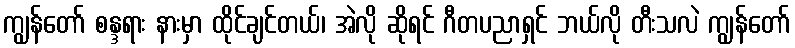
ကျွန်တော် စန္ဒရား နားမှာ ထိုင်ချင်တယ်၊ အဲလို ဆိုရင် ဂီတပညာရှင် ဘယ်လို တီးသလဲ ကျွန်တော်